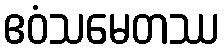
ဧဝံသမေတဿ